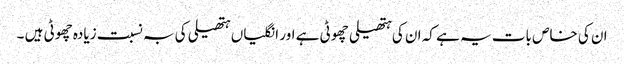
ان کی خاص بات یہ ہے کہ ان کی ہتھیلی چھوٹی ہے اور انگلیاں ہتھیلی کی بہ نسبت زیادہ چھوٹی ہیں ۔